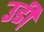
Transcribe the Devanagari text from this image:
उडी़